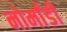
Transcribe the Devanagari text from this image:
नोर्मांडी